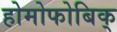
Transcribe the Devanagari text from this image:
होमोफोबिक्